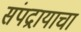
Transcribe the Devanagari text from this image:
संपद्रायाचा